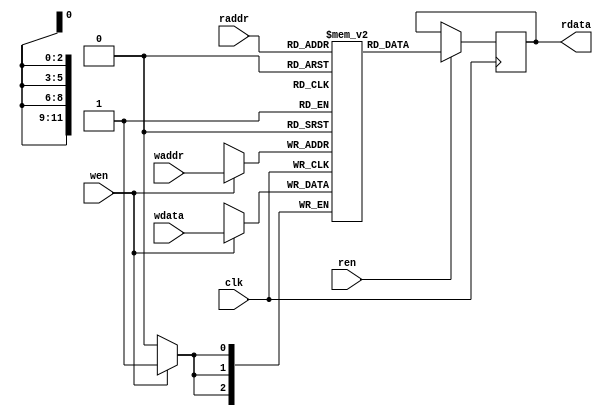
module texture_memory (
    input clk, wen, ren,
    input [11:0] waddr, raddr,
    input [2:0] wdata,
    output reg [2:0] rdata
);
    reg [2:0] mem [0:4095];   // enough memory for 64 8x8 texture tiles @ 3bpp // uses 3/32 BRAMS of Ice40
    always @(posedge clk) begin
      if (ren)
        rdata <= mem[raddr];
      if (wen)
        mem[waddr] <= wdata;
    end
endmodule